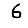
Digit: 6